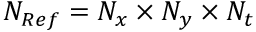
N _ { R e f } = N _ { x } \times N _ { y } \times N _ { t }